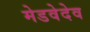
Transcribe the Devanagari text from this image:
मेडवेदेव